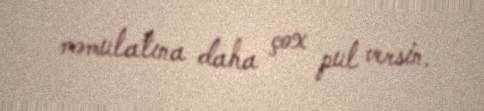
məmulatına daha çox pul versin.